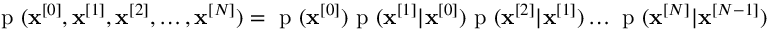
\mathrm { ~ p ~ } ( \mathbf { x } ^ { [ 0 ] } , \mathbf { x } ^ { [ 1 ] } , \mathbf { x } ^ { [ 2 ] } , \ldots , \mathbf { x } ^ { [ N ] } ) = \mathrm { ~ p ~ } ( \mathbf { x } ^ { [ 0 ] } ) \mathrm { ~ p ~ } ( \mathbf { x } ^ { [ 1 ] } | \mathbf { x } ^ { [ 0 ] } ) \mathrm { ~ p ~ } ( \mathbf { x } ^ { [ 2 ] } | \mathbf { x } ^ { [ 1 ] } ) \ldots \mathrm { ~ p ~ } ( \mathbf { x } ^ { [ N ] } | \mathbf { x } ^ { [ N - 1 ] } ) \enspace ,